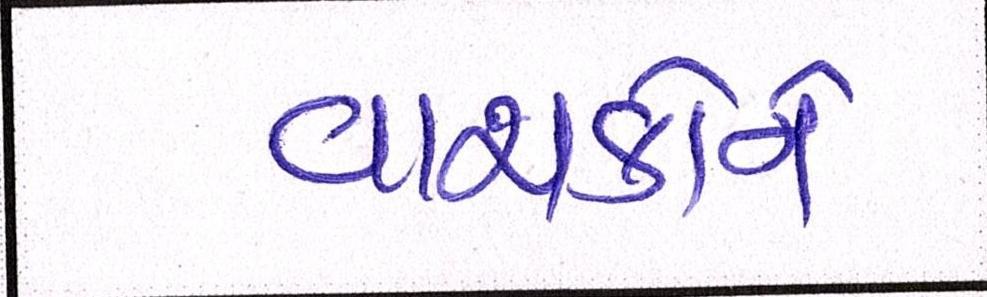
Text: વાચકોને